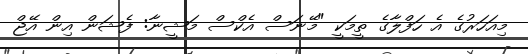
މިއަހަރުގެ އެ ހަފްލާގެ ތީމަކީ "މޭނަސް އެކްސް މަޝީނާ: ފެޝަން އިން އޭޖް